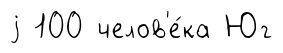
j 100 челов'е́ка Юг